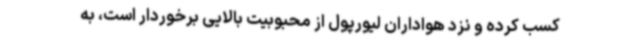
کسب کرده و نزد هواداران لیورپول از محبوبیت بالایی برخوردار است، به